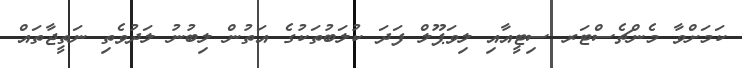
ކަމަށްވާ މެންޗެސްޓަރ ސިޓީއާއި ލިވަޕޫލް ފަދަ ކުލަބުތަކުގެ އަތުން ލިބުނު ލަދުވެތި ނަތީޖާތައް